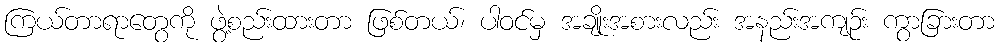
ကြယ်တာရာတွေကို ဖွဲ့စည်းထားတာ ဖြစ်တယ်၊ ပါဝင်မှ အချိုးအစားလည်း အနည်းအကျဉ်း ကွာခြားတာ